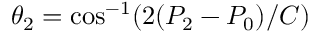
\theta _ { 2 } = \mathrm { c o s } ^ { - 1 } ( 2 ( P _ { 2 } - P _ { 0 } ) / C )